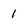
Character: 1